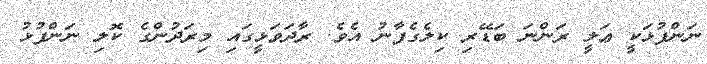
ނަންފުޅަކީ ޢަލީ ރަންނަ ބަޑޭރި ކިލެގެފާނު އެވެ. ރާދަވަޅީގައި މިރަދުންގެ ކޮލި ނަންފުޅު